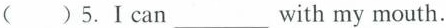
()5.I can___with my mouth.